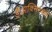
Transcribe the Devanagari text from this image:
डीआक्सिराइबो